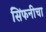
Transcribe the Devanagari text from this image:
सिंफनीचा